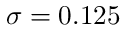
\sigma = 0 . 1 2 5